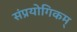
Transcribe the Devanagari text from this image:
संप्रयोगिकम्